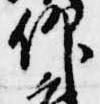
仰